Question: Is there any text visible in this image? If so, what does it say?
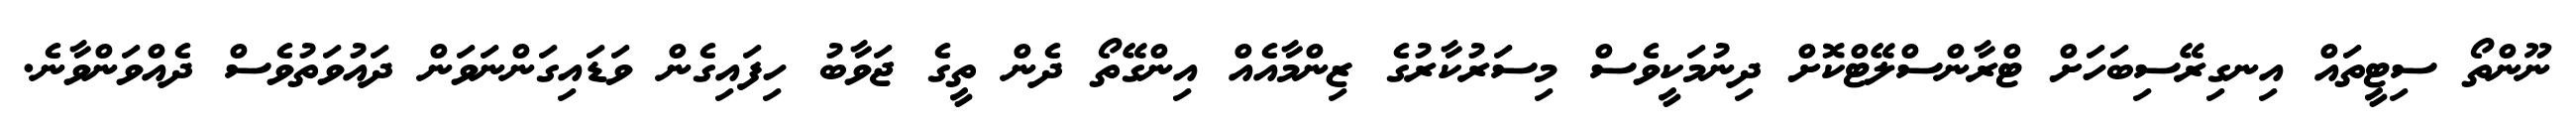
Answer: ނޫންތޯ ސިޓީތައް އިނގިރޭސިބަހަށް ޓްރާންސްލޭޓްކޮށް ދިނުމަކީވެސް މިސަރުކާރުގެ ޒިންމާއެއް އިންގޭތޯ ދެން ތީގެ ޖަވާބު ހިފައިގެން ވަޑައިގަންނަވަން ދައުވަތުވެސް ދެއްވަންވާނެ.